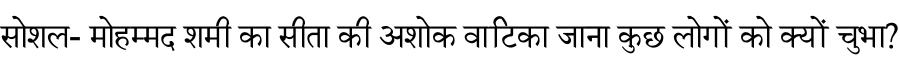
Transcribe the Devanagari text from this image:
सोशल- मोहम्मद शमी का सीता की अशोक वाटिका जाना कुछ लोगों को क्यों चुभा?